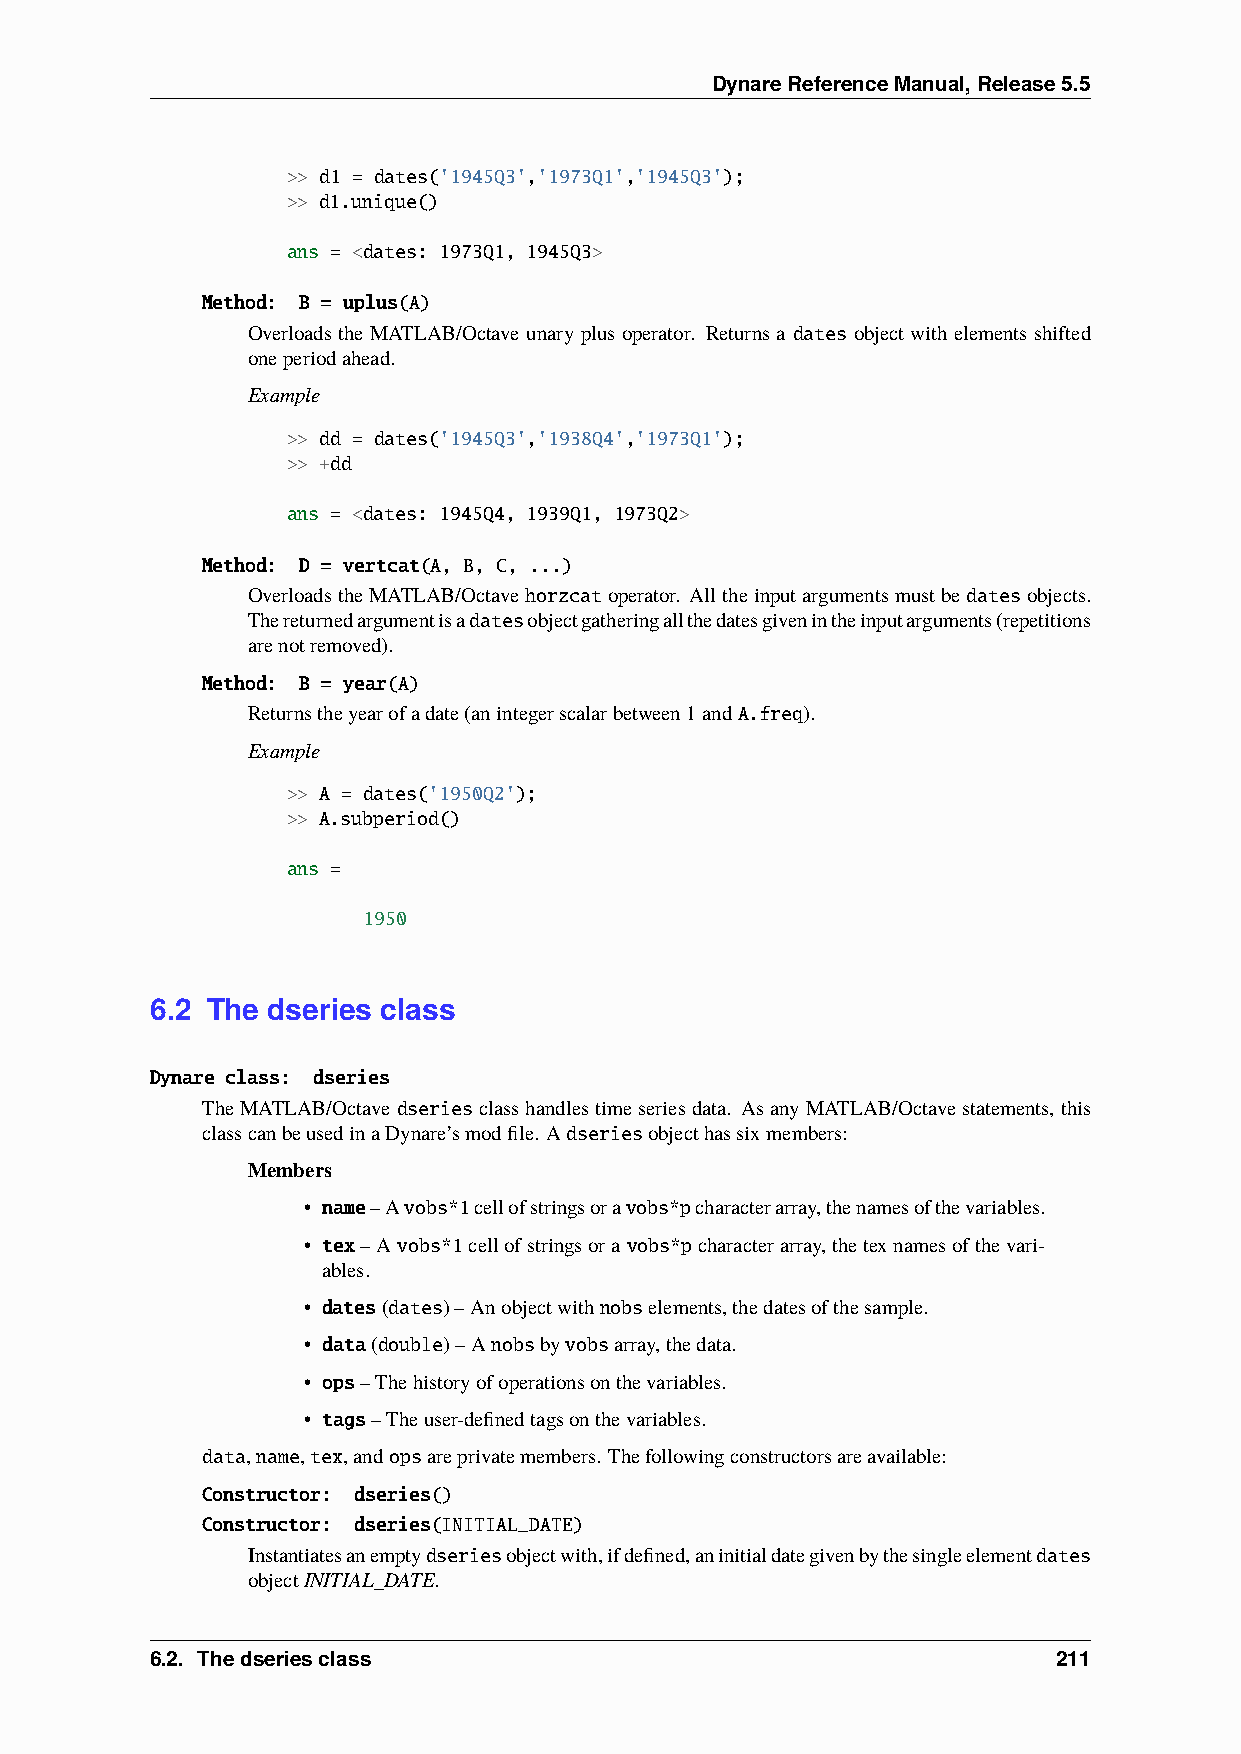
DynareReferenceManual,Release5.5
 >> d1 = dates('1945Q3','1973Q1','1945Q3');
 >> d1.unique()
 ans = <dates: 1973Q1, 1945Q3>
 Method: B = uplus(A)
 Overloads the MATLAB/Octave unary plus operator. Returns a dates object with elements shifted
 oneperiodahead.
 Example
 >> dd = dates('1945Q3','1938Q4','1973Q1');
 >> +dd
 ans = <dates: 1945Q4, 1939Q1, 1973Q2>
 Method: D = vertcat(A, B, C, ...)
 OverloadstheMATLAB/Octavehorzcatoperator. Alltheinputargumentsmustbedatesobjects.
 Thereturnedargumentisadatesobjectgatheringallthedatesgivenintheinputarguments(repetitions
 arenotremoved).
 Method: B = year(A)
 Returnstheyearofadate(anintegerscalarbetween1andA.freq).
 Example
 >> A = dates('1950Q2');
 >> A.subperiod()
 ans =
 1950
 6.2 The dseries class
 Dynare class: dseries
 TheMATLAB/Octave dseriesclasshandlestimeseriesdata. AsanyMATLAB/Octavestatements, this
 classcanbeusedinaDynare’smodfile. Adseriesobjecthassixmembers:
 Members
 • name–Avobs*1cellofstringsoravobs*pcharacterarray,thenamesofthevariables.
 • tex–Avobs*1cellofstringsoravobs*pcharacterarray,thetexnamesofthevari-
 ables.
 • dates(dates)–Anobjectwithnobselements,thedatesofthesample.
 • data(double)–Anobsbyvobsarray,thedata.
 • ops–Thehistoryofoperationsonthevariables.
 • tags–Theuser-definedtagsonthevariables.
 data,name,tex,andopsareprivatemembers. Thefollowingconstructorsareavailable:
 Constructor: dseries()
 Constructor: dseries(INITIAL_DATE)
 Instantiatesanemptydseriesobjectwith,ifdefined,aninitialdategivenbythesingleelementdates
 objectINITIAL_DATE.
 6.2. Thedseriesclass                                        211